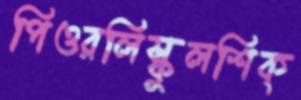
পিওরলিস্কুলশিক্